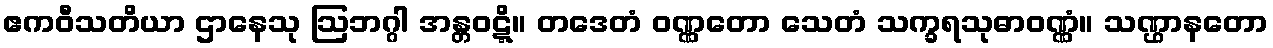
ဧကဝီသတိယာ ဌာနေသု ဩဘဂ္ဂါ အန္တဝဋ္ဋိ။ တဒေတံ ဝဏ္ဏတော သေတံ သက္ခရသုဓာဝဏ္ဏံ။ သဏ္ဌာနတော